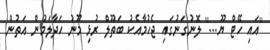
''އައި ހޭޓް ޔޫ...'' ލޮނުގަނުގައި ޖެހުމާއެކު ބަތޫލް ރުޅި މޫނު ހަދާލަމުން އަތުން